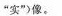
”实”)像。